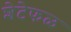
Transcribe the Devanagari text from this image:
शेटेफळ